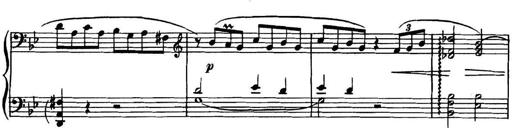
Title: Piano Sonatina in G minor
Composer: John Blackwood McEwen
Key: G minor